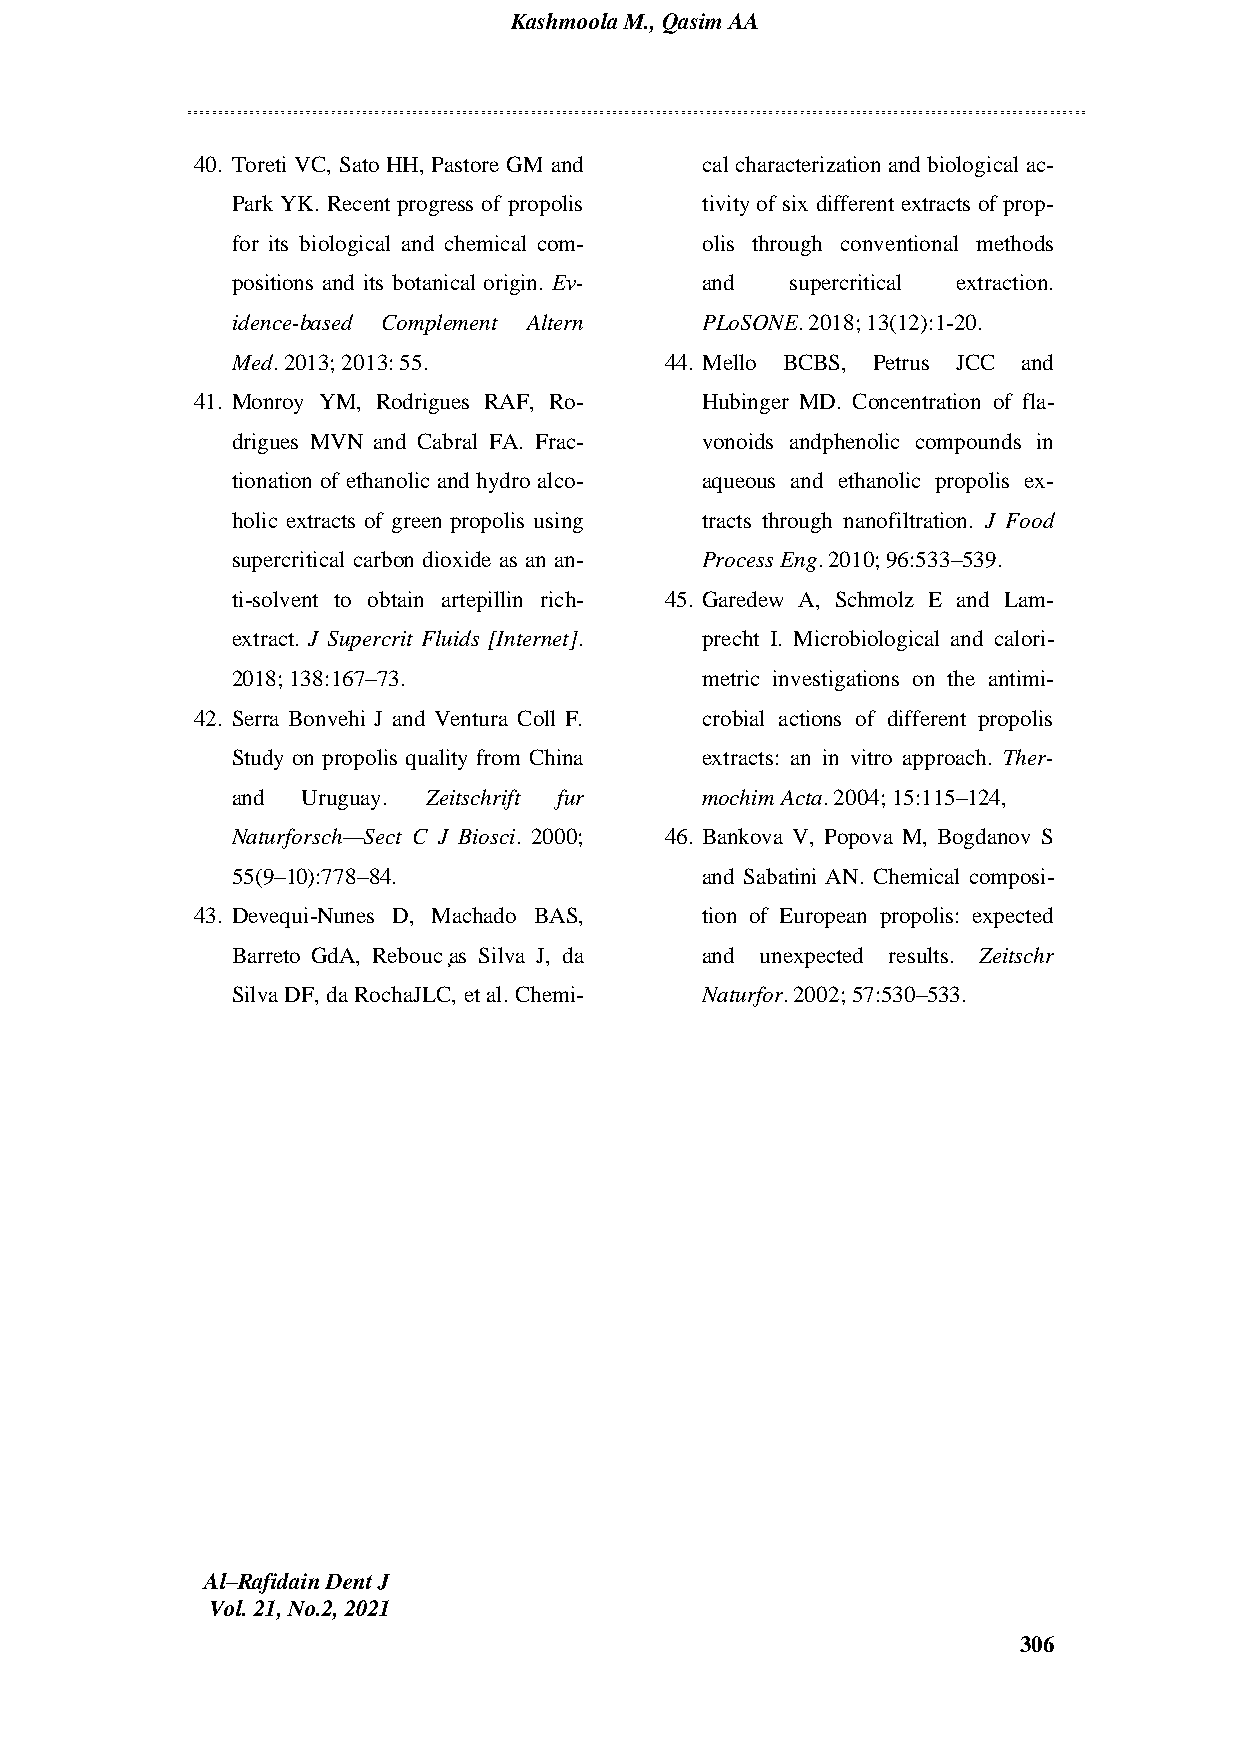
Kashmoola M., Qasim AA
 40. Toreti VC, Sato HH, Pastore GM and cal characterization and biological ac-
 Park YK. Recent progress of propolis tivity of six different extracts of prop-
 for its biological and chemical com- olis through conventional methods
 positions and its botanical origin. Ev- and supercritical extraction.
 idence-based Complement Altern PLoSONE. 2018; 13(12):1-20.
 Med. 2013; 2013: 55.         44. Mello BCBS, Petrus JCC and
 41. Monroy YM, Rodrigues RAF, Ro- Hubinger MD. Concentration of fla-
 drigues MVN and Cabral FA. Frac- vonoids andphenolic compounds in
 tionation of ethanolic and hydro alco- aqueous and ethanolic propolis ex-
 holic extracts of green propolis using tracts through nanofiltration. J Food
 supercritical carbon dioxide as an an- Process Eng. 2010; 96:533–539.
 ti-solvent to obtain artepillin rich- 45. Garedew A, Schmolz E and Lam-
 extract. J Supercrit Fluids [Internet]. precht I. Microbiological and calori-
 2018; 138:167–73.              metric investigations on the antimi-
 42. Serra Bonvehi J and Ventura Coll F. crobial actions of different propolis
 Study on propolis quality from China extracts: an in vitro approach. Ther-
 and  Uruguay. Zeitschrift fur  mochim Acta. 2004; 15:115–124,
 Naturforsch—Sect C J Biosci. 2000; 46. Bankova V, Popova M, Bogdanov S
 55(9–10):778–84.               and Sabatini AN. Chemical composi-
 43. Devequi-Nunes D, Machado BAS, tion of European propolis: expected
 Barreto GdA, Rebouc ̧as Silva J, da and unexpected results. Zeitschr
 Silva DF, da RochaJLC, et al. Chemi- Naturfor. 2002; 57:530–533.
 Al–Rafidain Dent J
 Vol. 21, No.2, 2021
 306